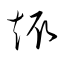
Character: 趣